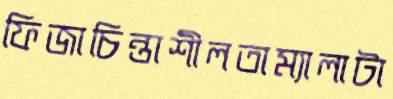
ফিজাচিন্তাশীলতাম্যালাটা